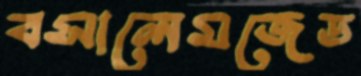
বসালেমজেড